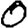
Digit: 0